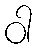
ဝါ